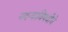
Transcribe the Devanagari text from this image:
नवर्‍याविषयीचे